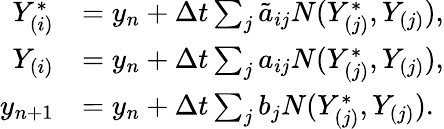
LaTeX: \begin{array}{rl}{Y_{(i)}^{*}}&{=y_{n}+\Delta t\sum_{j}\tilde{a}_{ij}N(Y_{(j)}^{*},Y_{(j)}),}\\ {Y_{(i)}}&{=y_{n}+\Delta t\sum_{j}{a_{ij}}N(Y_{(j)}^{*},Y_{(j)}),}\\ {y_{n+1}}&{=y_{n}+\Delta t\sum_{j}{b_{j}}N(Y_{(j)}^{*},Y_{(j)}).}\end{array}